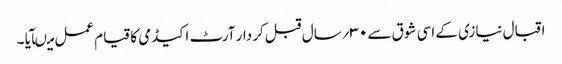
اقبال نیازی کے اسی شوق سے ۳۰؍سال قبل کردار آرٹ اکیڈمی کا قیام عمل میںآیا ۔